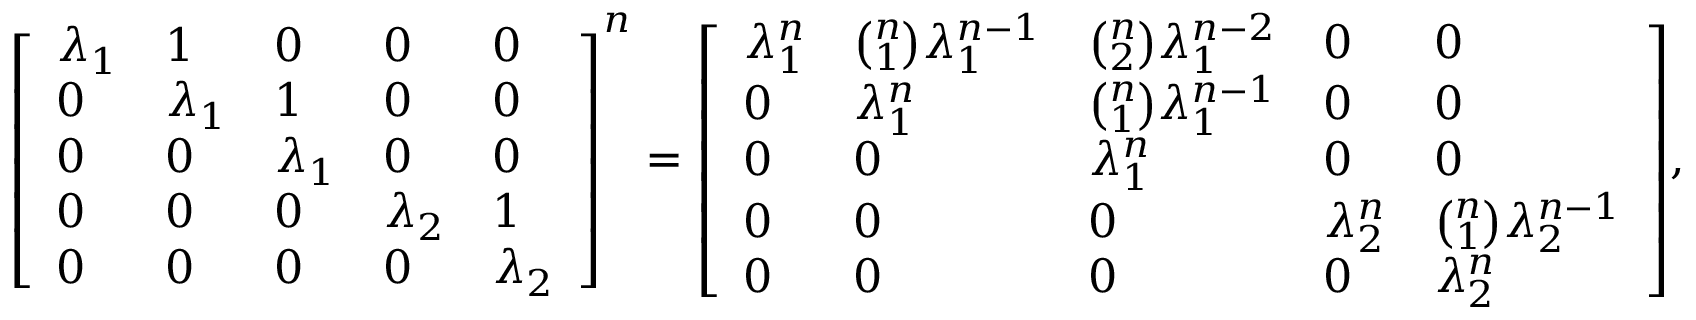
{ \left[ \begin{array} { l l l l l } { \lambda _ { 1 } } & { 1 } & { 0 } & { 0 } & { 0 } \\ { 0 } & { \lambda _ { 1 } } & { 1 } & { 0 } & { 0 } \\ { 0 } & { 0 } & { \lambda _ { 1 } } & { 0 } & { 0 } \\ { 0 } & { 0 } & { 0 } & { \lambda _ { 2 } } & { 1 } \\ { 0 } & { 0 } & { 0 } & { 0 } & { \lambda _ { 2 } } \end{array} \right] } ^ { n } = { \left[ \begin{array} { l l l l l } { \lambda _ { 1 } ^ { n } } & { { \binom { n } { 1 } } \lambda _ { 1 } ^ { n - 1 } } & { { \binom { n } { 2 } } \lambda _ { 1 } ^ { n - 2 } } & { 0 } & { 0 } \\ { 0 } & { \lambda _ { 1 } ^ { n } } & { { \binom { n } { 1 } } \lambda _ { 1 } ^ { n - 1 } } & { 0 } & { 0 } \\ { 0 } & { 0 } & { \lambda _ { 1 } ^ { n } } & { 0 } & { 0 } \\ { 0 } & { 0 } & { 0 } & { \lambda _ { 2 } ^ { n } } & { { \binom { n } { 1 } } \lambda _ { 2 } ^ { n - 1 } } \\ { 0 } & { 0 } & { 0 } & { 0 } & { \lambda _ { 2 } ^ { n } } \end{array} \right] } ,